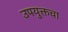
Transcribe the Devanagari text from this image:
उपयुक्तचा